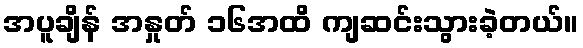
အပူချိန် အနှုတ် ၁၆အထိ ကျဆင်းသွားခဲ့တယ်။